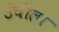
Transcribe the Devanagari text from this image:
उंचीला